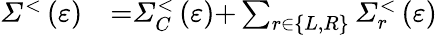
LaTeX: \begin{array}{ll}{{\mathit{\Sigma}}^{{<}}\left(\varepsilon\right)}&{{=}{\mathit{\Sigma}}_{C}^{{<}}\left(\varepsilon\right){+}\sum_{r{\in}\left\{ L,R\right\} }{{\mathit{\Sigma}}_{r}^{{<}}\left(\varepsilon\right)}}\end{array}